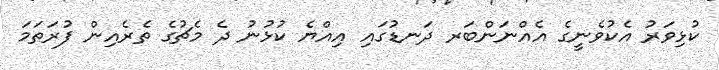
ކުޅިވަރު އެކުވެނީގެ އެއްނަންބަރ ދަނޑުގައި އިއްޔެ ކުޅުނު ދެ މެޗުގެ ތެރެއިން ފުރަތަމަ